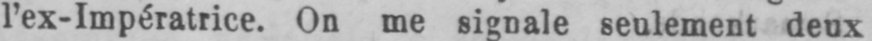
l’ex-Impératrice. On me signale seulement deux